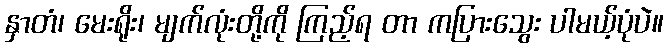
နှာတံ၊ မေးရိုး၊ မျက်လုံးတို့ကို ကြည့်ရ တာ ကပြားသွေး ပါမယ့်ပုံပဲ။